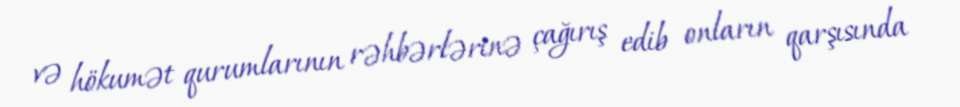
və hökumət qurumlarının rəhbərlərinə çağırış edib onların qarşısında